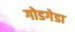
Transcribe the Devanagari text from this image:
गोडगेडा